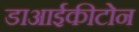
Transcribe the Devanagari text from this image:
डाआईकीटोन